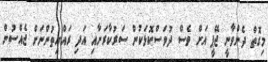
މިގޮތް ދެންވާނީ ޖޭޕީ އަށް ވެސް ދުވަސްކޮޅަކުން ސަރުކާރަށާއި އަދި ރައްޔިތުންނަށް ޖެއްސުން